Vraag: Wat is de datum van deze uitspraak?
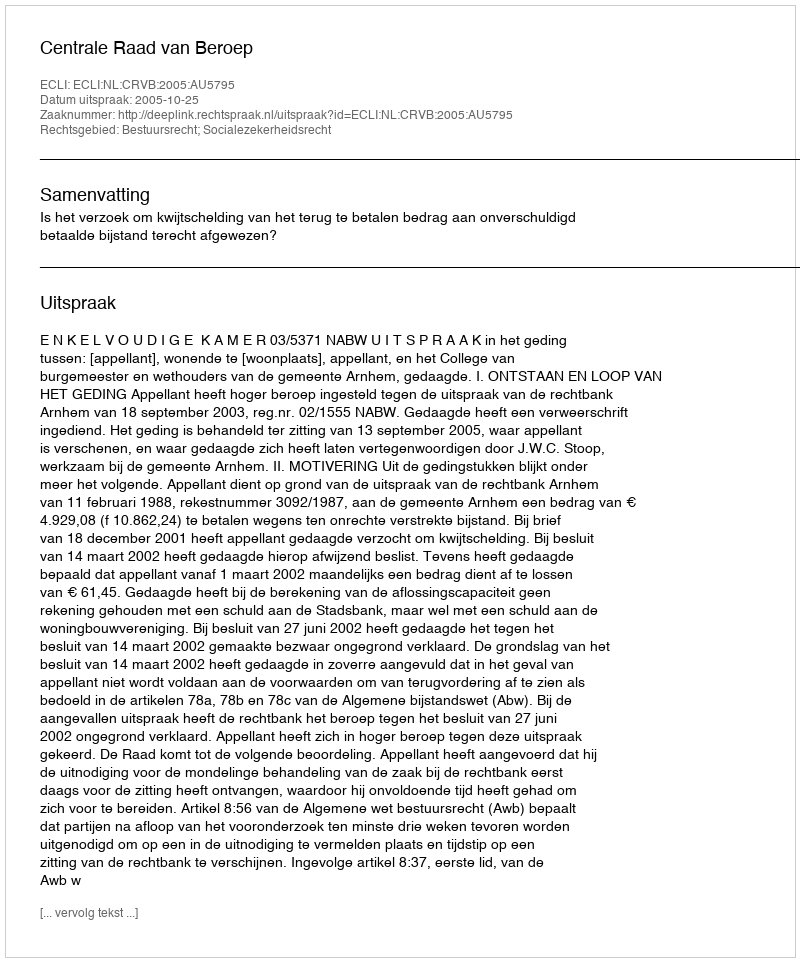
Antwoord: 2005-10-25